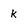
Character: K